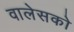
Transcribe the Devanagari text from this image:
वालेसको